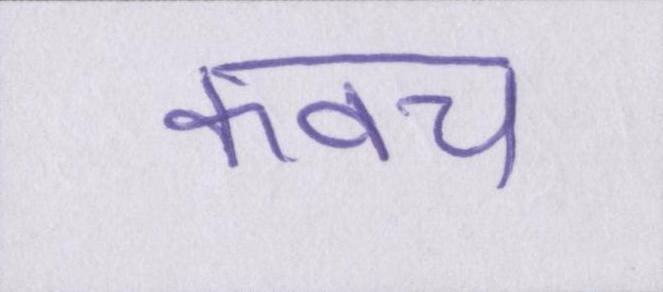
कवच